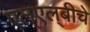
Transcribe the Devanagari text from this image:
एल्‌एल्‌बीचे